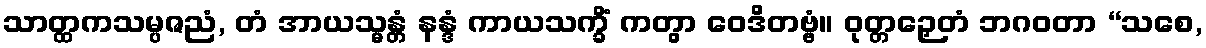
သာတ္ထကသမ္ပဇညံ, တံ အာယသ္မန္တံ နန္ဒံ ကာယသက္ခိံ ကတွာ ဝေဒိတဗ္ဗံ။ ဝုတ္တဉှေတံ ဘဂဝတာ “သစေ,